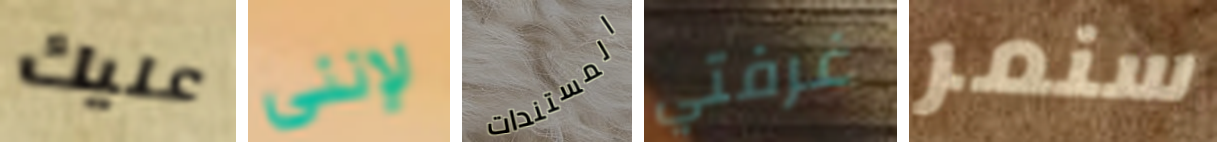
عليك لإنني المستندات غرفتي سنمر